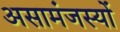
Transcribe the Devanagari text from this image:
असामंजस्यों